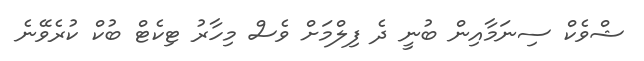
ޝްވެކް ސިނަމާއިން ބުނީ ދެ ފިލްމަށް ވެސް މިހާރު ޓިކެޓް ބުކް ކުރެވޭނެ